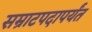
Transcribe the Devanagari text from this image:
सम्राटपदापर्यंत